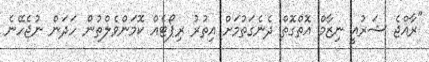
"ރާއްޖެ ޝަރުއީ ނިޒާމް އޮތްގޮތް ދެނެގަތުމަށް އިތުރު ރިޕޯޓެއް ކޮމަންވެލްތުން ހަދަން ނުޖެހޭނެ